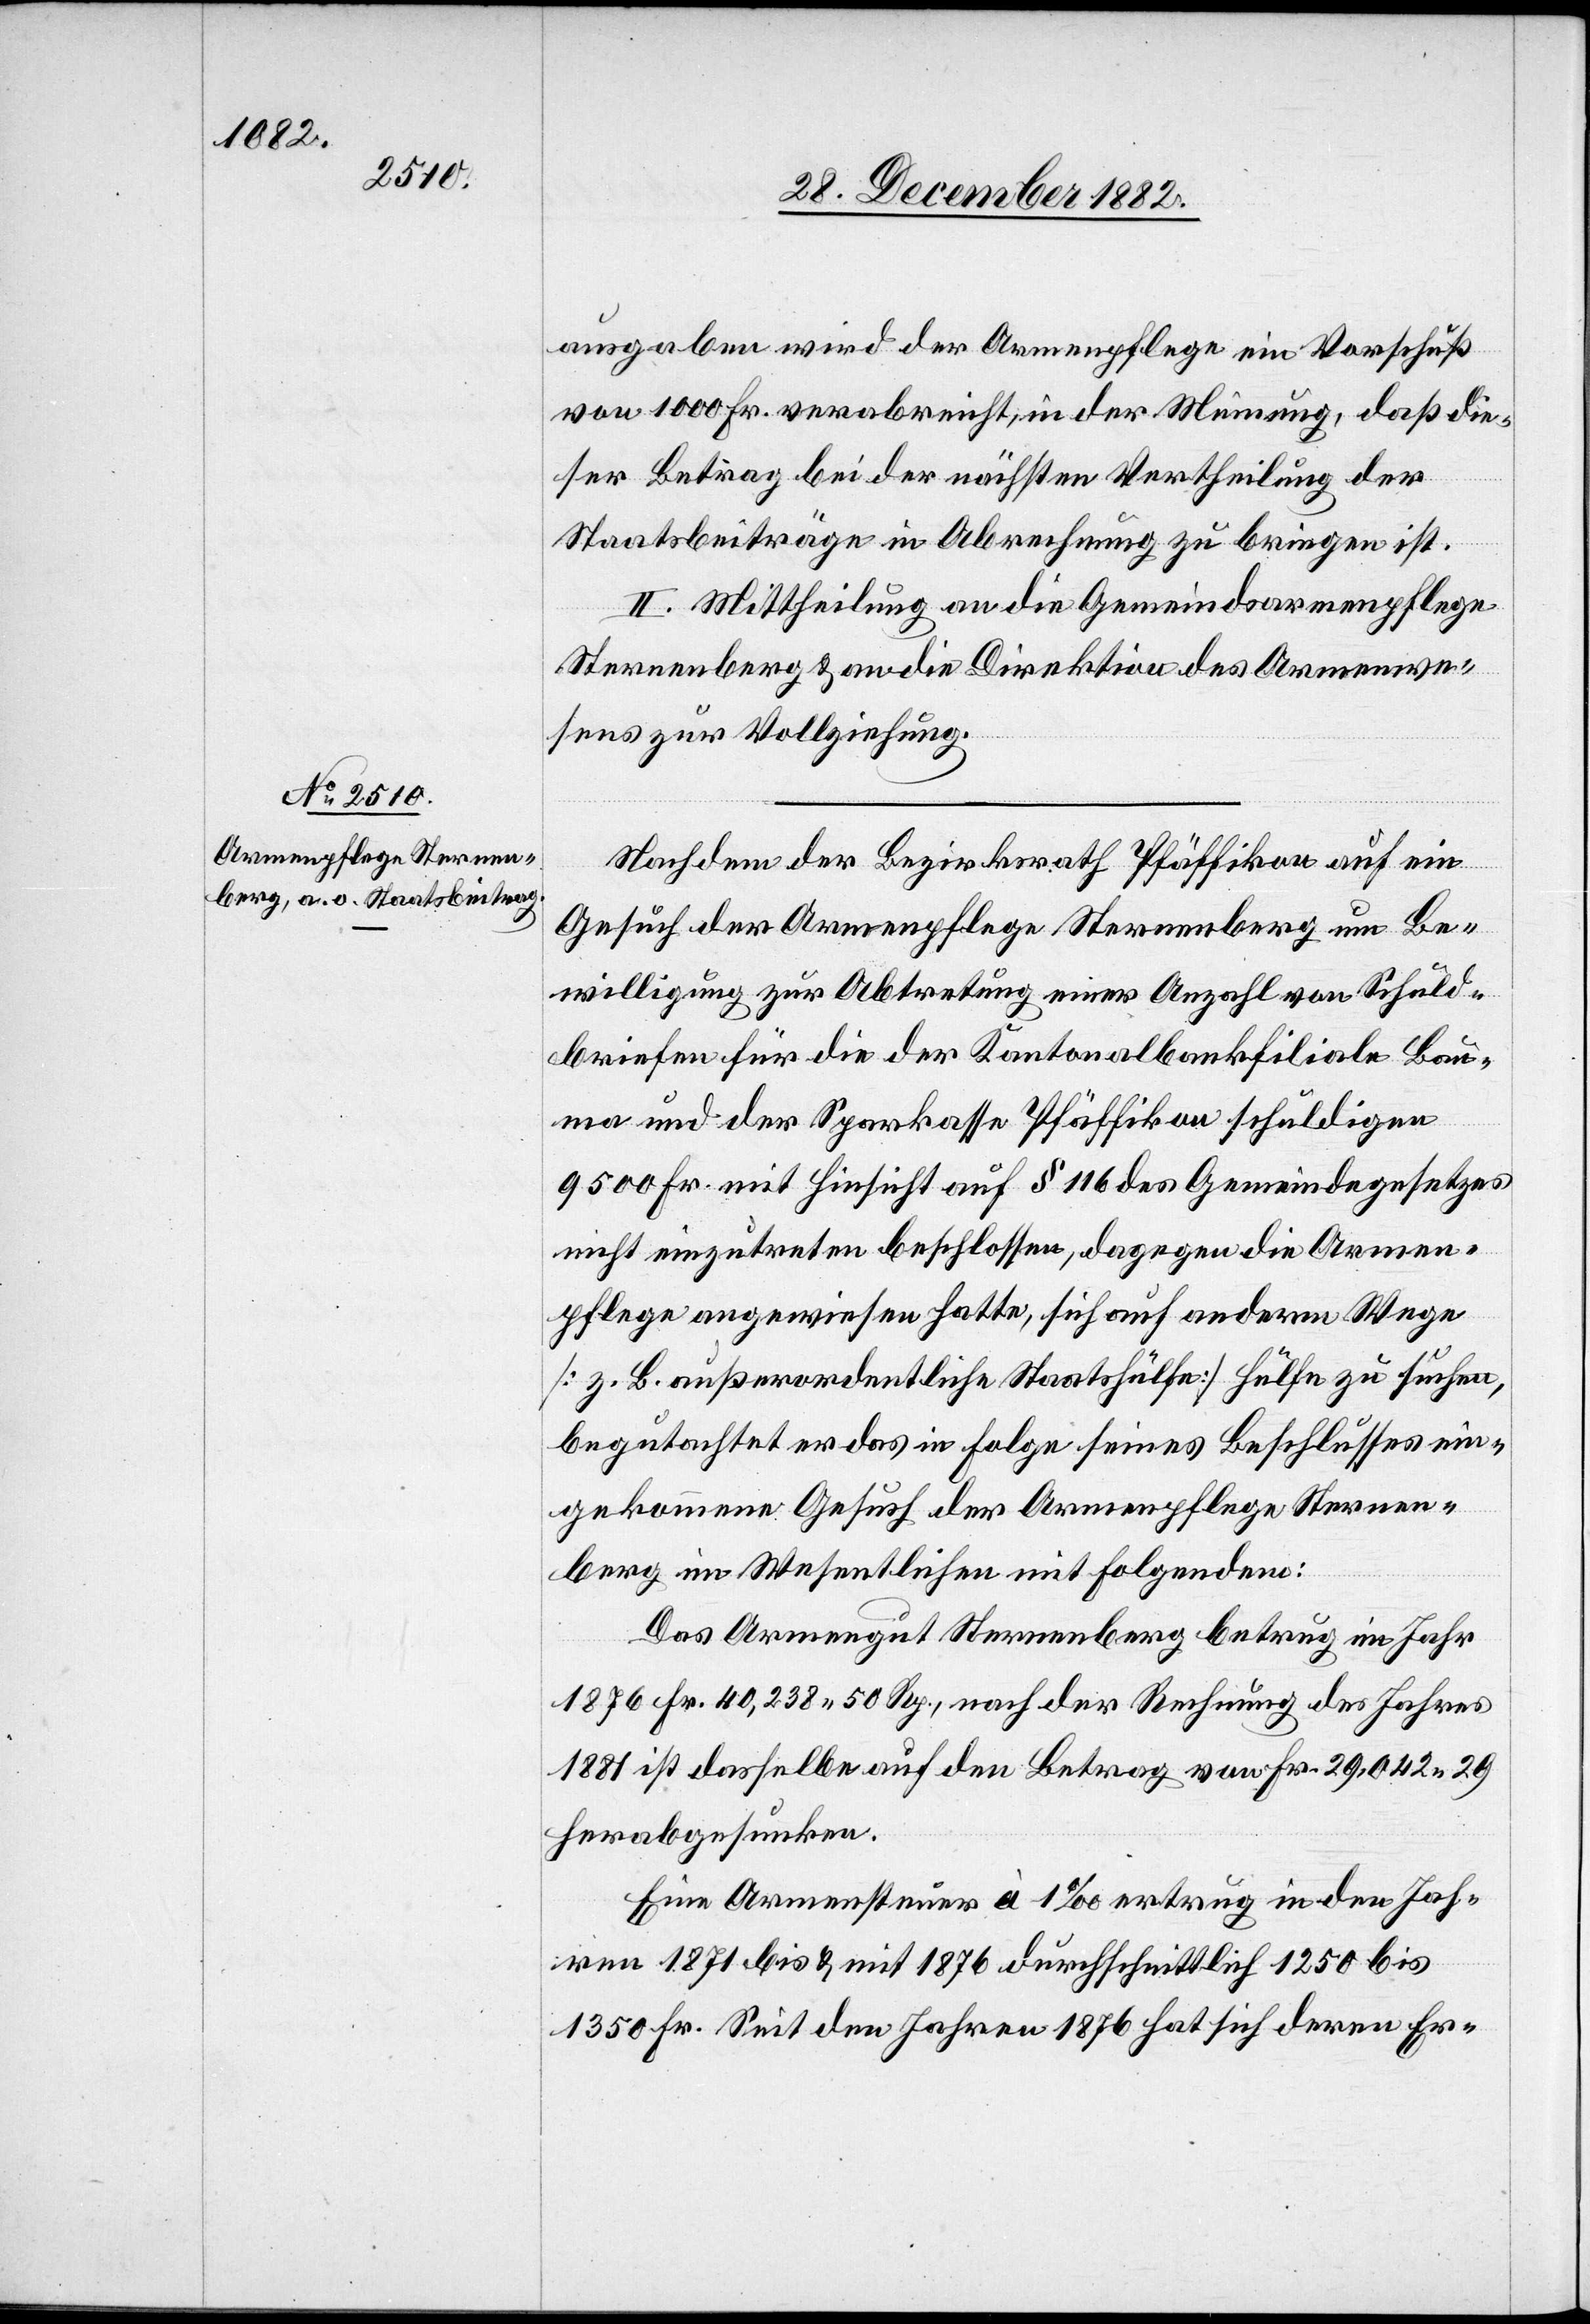
ausgaben wird der Armenpflege ein Vorschuß
von 1000 Fr. verabreicht, in der Meinung, daß die¬
ser Betrag bei der nächsten Vertheilung der
Staatsbeiträge in Abrechnung zu bringen ist.
II. Mittheilung an die Gemeindsarmenpflege
Sternenberg & an die Direktion des Armenwe¬
sens zur Vollziehung.
Nachdem der Bezirksrath Pfäffikon auf ein
Gesuch der Armenpflege Sternenberg um Be¬
willigung zur Abtretung einer Anzahl von Schuld¬
briefen für die der Kantonalbankfiliale Bau¬
ma und der Sparkasse Pfäffikon schuldigen
9500 Fr. mit Hinsicht auf § 116 des Gemeindegesetzes
nicht einzutreten beschlossen, dagegen die Armen¬
pflege angewiesen hatte, sich auf anderm Wege
[z. B. außerordentliche Staatshülfe] Hülfe zu suchen,
begutachtet er das in Folge seines Beschlusses ein¬
gekommene Gesuch der Armenpflege Sternen¬
berg im Wesentlichen mit Folgendem:
Das Armengut Sternenberg betrug im Jahr
1876 Fr. 40,238 50 Rp., nach der Rechnung des Jahres
1881 ist dasselbe auf den Betrag von Fr. 29,042 29
herabgesunken.
Eine Armensteuer à 1‰ ertrug in den Jah¬
ren 1871 bis & mit 1876 durchschnittlich 1250 bis
1350 Fr. Seit den Jahren 1876 hat sich deren Er-